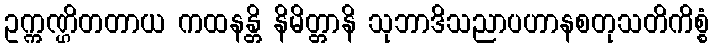
ဥက္ကဏ္ဌိတတာယ ကထနန္တိ နိမိတ္တာနိ သုဘာဒိသညာပဟာနစတုသတိကိစ္စံ